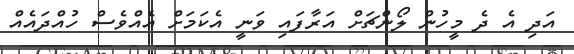
އަދި އެ ދެ މީހުން ލޯންޗަށް އަރާފައި ވަނީ އެކަމަށް އެއްވެސް ހުއްދައެއް